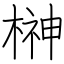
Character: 榊